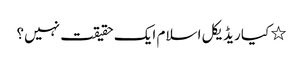
٭ کیا ریڈیکل اسلام ایک حقیقت نہیں؟